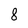
Character: 8